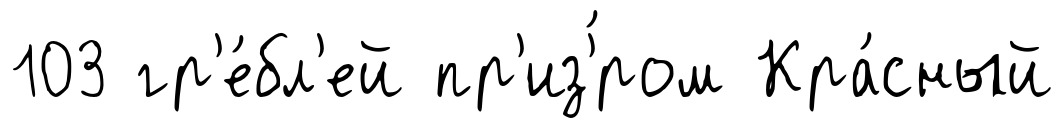
103 гр'е́бл'ей пр'из'́ром Кра́сный